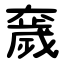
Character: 奯